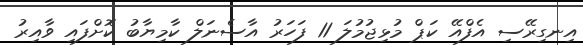
އިނގިރޭސި އެފްއޭ ކަޕް މުޅިޖުމުލަ 11 ފަހަރު އާސެނަލް ކާމިޔާބު ކޮށްފައި ވާއިރު